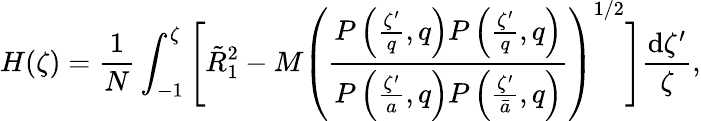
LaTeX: H(\zeta)=\frac{1}{N}\int_{-1}^{\zeta}\Bigg[\tilde{R}_{1}^{2}-M\left(\frac{P\left(\frac{\zeta^{\prime}}{q},q\right)P\left(\frac{\zeta^{\prime}}{q},q\right)}{P\left(\frac{\zeta^{\prime}}{a},q\right)P\left(\frac{\zeta^{\prime}}{\bar{a}},q\right)}\right)^{1/2}\Bigg]\frac{\mathrm{d}\zeta^{\prime}}{\zeta},